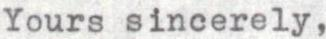
Yours sincerely,